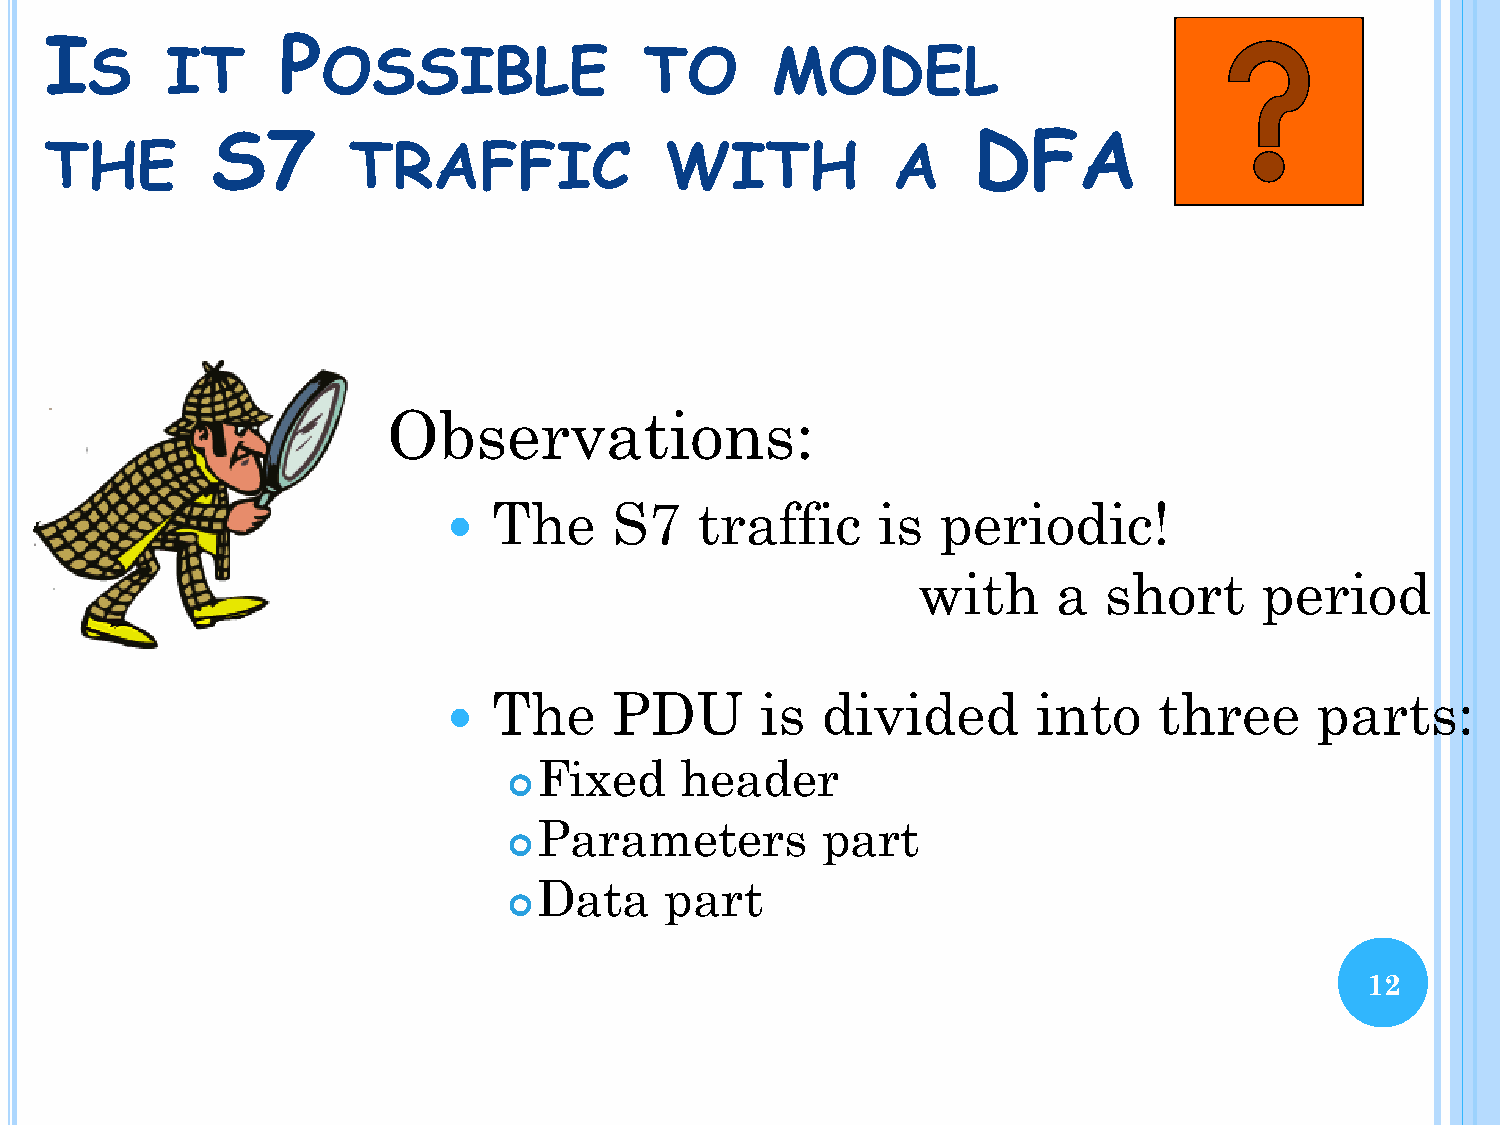
I              P
 S    IT        OSSIBLE               TO      MODEL
 S7                                                DFA
 THE                 TRAFFIC              WITH           A
 Observations:
 The     S7   traffic     is  periodic!
 
 with     a  short     period
 The     PDU      is  divided        into    three     parts:
 
 Fixed    header
 
 Parameters        part
 
 Data    part
 
 12